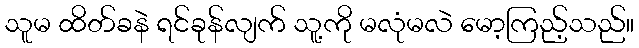
သူမ ထိတ်ခနဲ ရင်ခုန်လျက် သူ့ကို မလုံမလဲ မော့ကြည့်သည်။